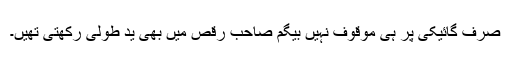
صرف گائیکی پر ہی موقوف نہیں بیگم صاحب رقص میں بھی ید طولیٰ رکھتی تھیں۔